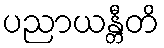
ပညာယန္တီတိ